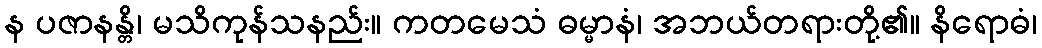
န ပဇာနန္တိ၊ မသိကုန်သနည်း။ ကတမေသံ ဓမ္မာနံ၊ အဘယ်တရားတို့၏။ နိရောဓံ၊